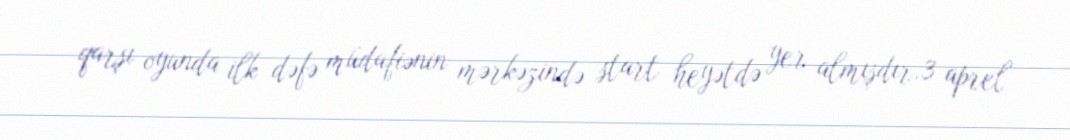
qarşı oyunda ilk dəfə müdafiənin mərkəzində start heyətdə yer almışdır.3 aprel